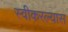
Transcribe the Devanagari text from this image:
स्वीकरल्यास